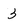
Character: 3